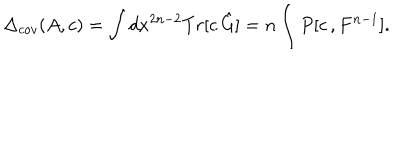
LaTeX: \Delta _ { c o v } ( A , c ) = \int d x ^ { 2 n - 2 } T r [ c \, \hat { G } ] = n \int P [ c \, , F ^ { n - 1 } ] .